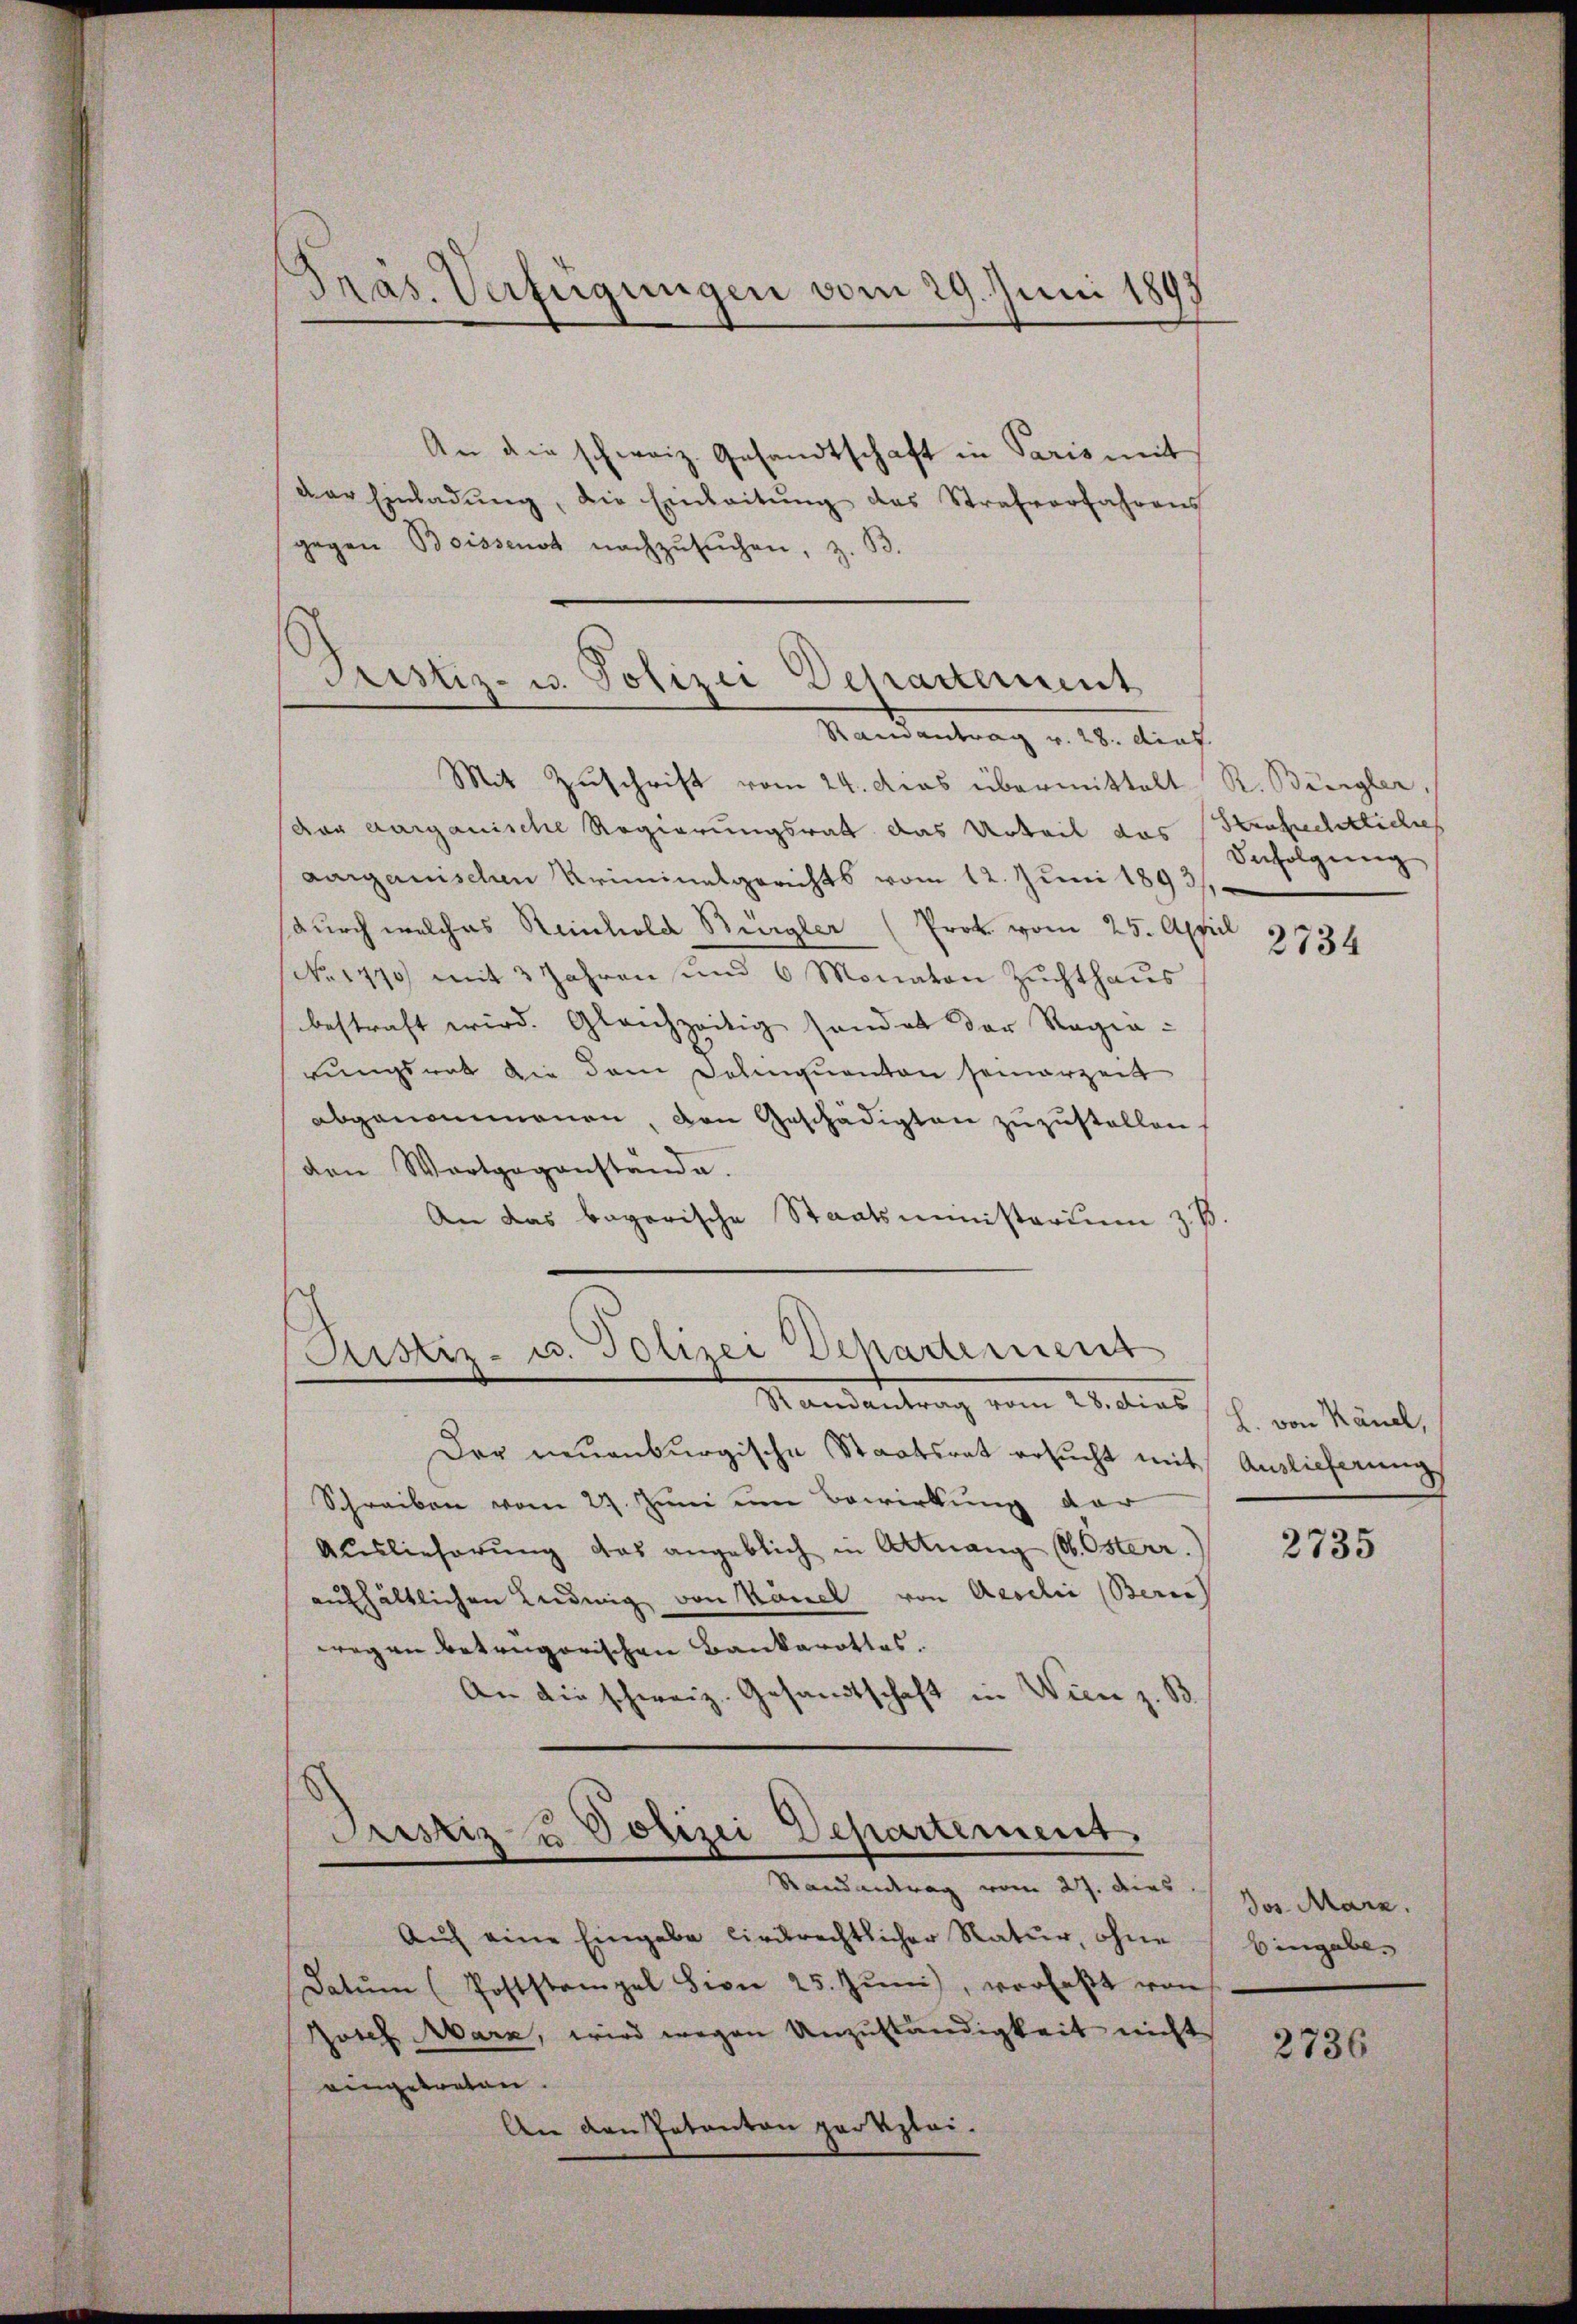
Präs. Verfügungen vom 29. Juni 1895

An die schweiz. Gesandtschaft in Paris mit
der Einladŭng, die Einleitŭng des Strafverfahrens
gegen Boissenot nachzŭsŭchen, z.
B.

Justiz- u. Polizei Departement
Randantrag v. 28. dief

Ristiz- u. Polizei Departement

Mit Zuschrift vom 24. Das übermittelt R. Bürgler,
der aargauische Regierungsrath das Urteil das Strafrechtliches
aargauischen Kriminalgerichts vom 12. Juni 1893/
durch welches Reinhold Burgler (Prok. vom 25. April
(No 1470) mit 3 Jahren und 6 Monaten Zuchthaus
bestraft wird. Gleichzeitig sonder der Regierungsrat die dem Delinquanton seinerzeit
abgenommenen, den Geschädigten zuzustellen.
den Wortgegenstände.
An das bayerische Staatsministerium z. B.

Standentrag vom 24. dies sich von Känel,
Der neuenburgische Staatsrat ersucht mit
Schreiben vom 29. Juni um Bewirkung der
Auslieferung das angeblich in Altnang (lt. Osterr.
aufhältlichen Ludwig von Känel von Acoelić (Berne
wegen betrügerischen Bankarottos.
An die schweiz. Gesandtschaft in Wien z. B.
Justiz- u Polizei Departement.
Randantrag vom 27. dies
Auch eine Eingabe lieurechtlicher Natur, ohne
Datŭm (Poststempel Lion 25. Jŭni), verfaßt von
Josef Marz, wird wegen Unzuständigkeit nicht
eingetreten.
An den Patanton parkzlei-

Verfolgung

2734

Auslieferung
2735

Jos Marz.
Eingabe.

2736